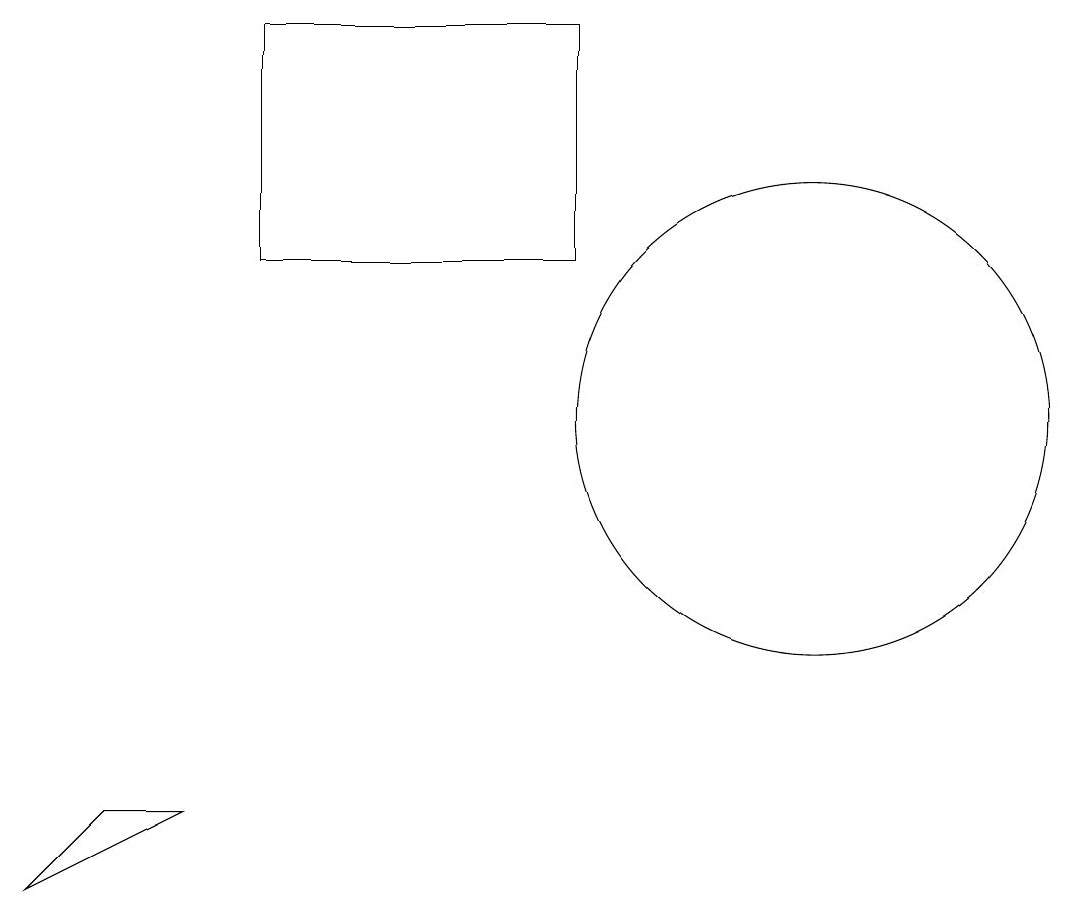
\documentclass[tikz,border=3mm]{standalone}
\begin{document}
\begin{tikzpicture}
\draw (8,12) rectangle (8,14);
\draw (4,15) rectangle (8,12);
\draw (11,10) circle (3);
\draw (1,4) -- (2,5) -- (3,5) -- cycle;
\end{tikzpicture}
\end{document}